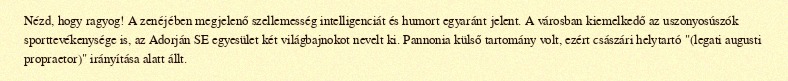
Nézd, hogy ragyog! A zenéjében megjelenő szellemesség intelligenciát és humort egyaránt jelent. A városban kiemelkedő az uszonyosúszók sporttevékenysége is, az Adorján SE egyesület két világbajnokot nevelt ki. Pannonia külső tartomány volt, ezért császári helytartó "(legati augusti propraetor)" irányítása alatt állt.